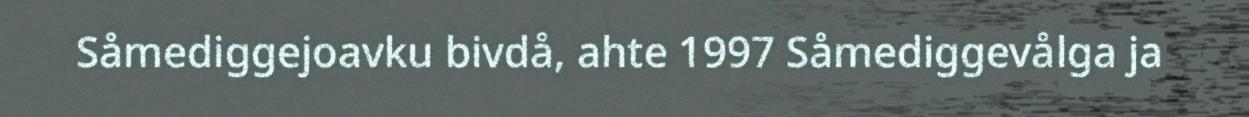
Såmediggejoavku bivdå, ahte 1997 Såmediggevålga ja